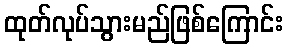
ထုတ်လုပ်သွားမည်ဖြစ်ကြောင်း